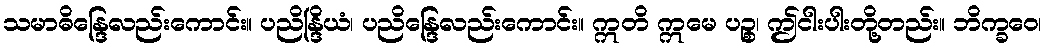
သမာဓိန္ဒြေလည်းကောင်း။ ပညိန္ဒြိယံ၊ ပညိန္ဒြေလည်းကောင်း။ ဣတိ ဣမေ ပဉ္စ၊ ဤငါးပါးတို့တည်း။ ဘိက္ခဝေ၊